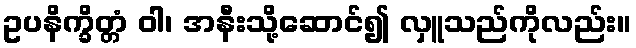
ဥပနိက္ခိတ္တံ ဝါ၊ အနီးသို့ဆောင်၍ လှူသည်ကိုလည်း။